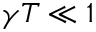
\gamma T \ll 1